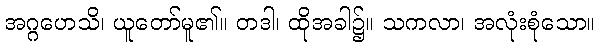
အဂ္ဂဟေသိ၊ ယူတော်မူ၏။ တဒါ၊ ထိုအခါ၌။ သကလာ၊ အလုံးစုံသော။